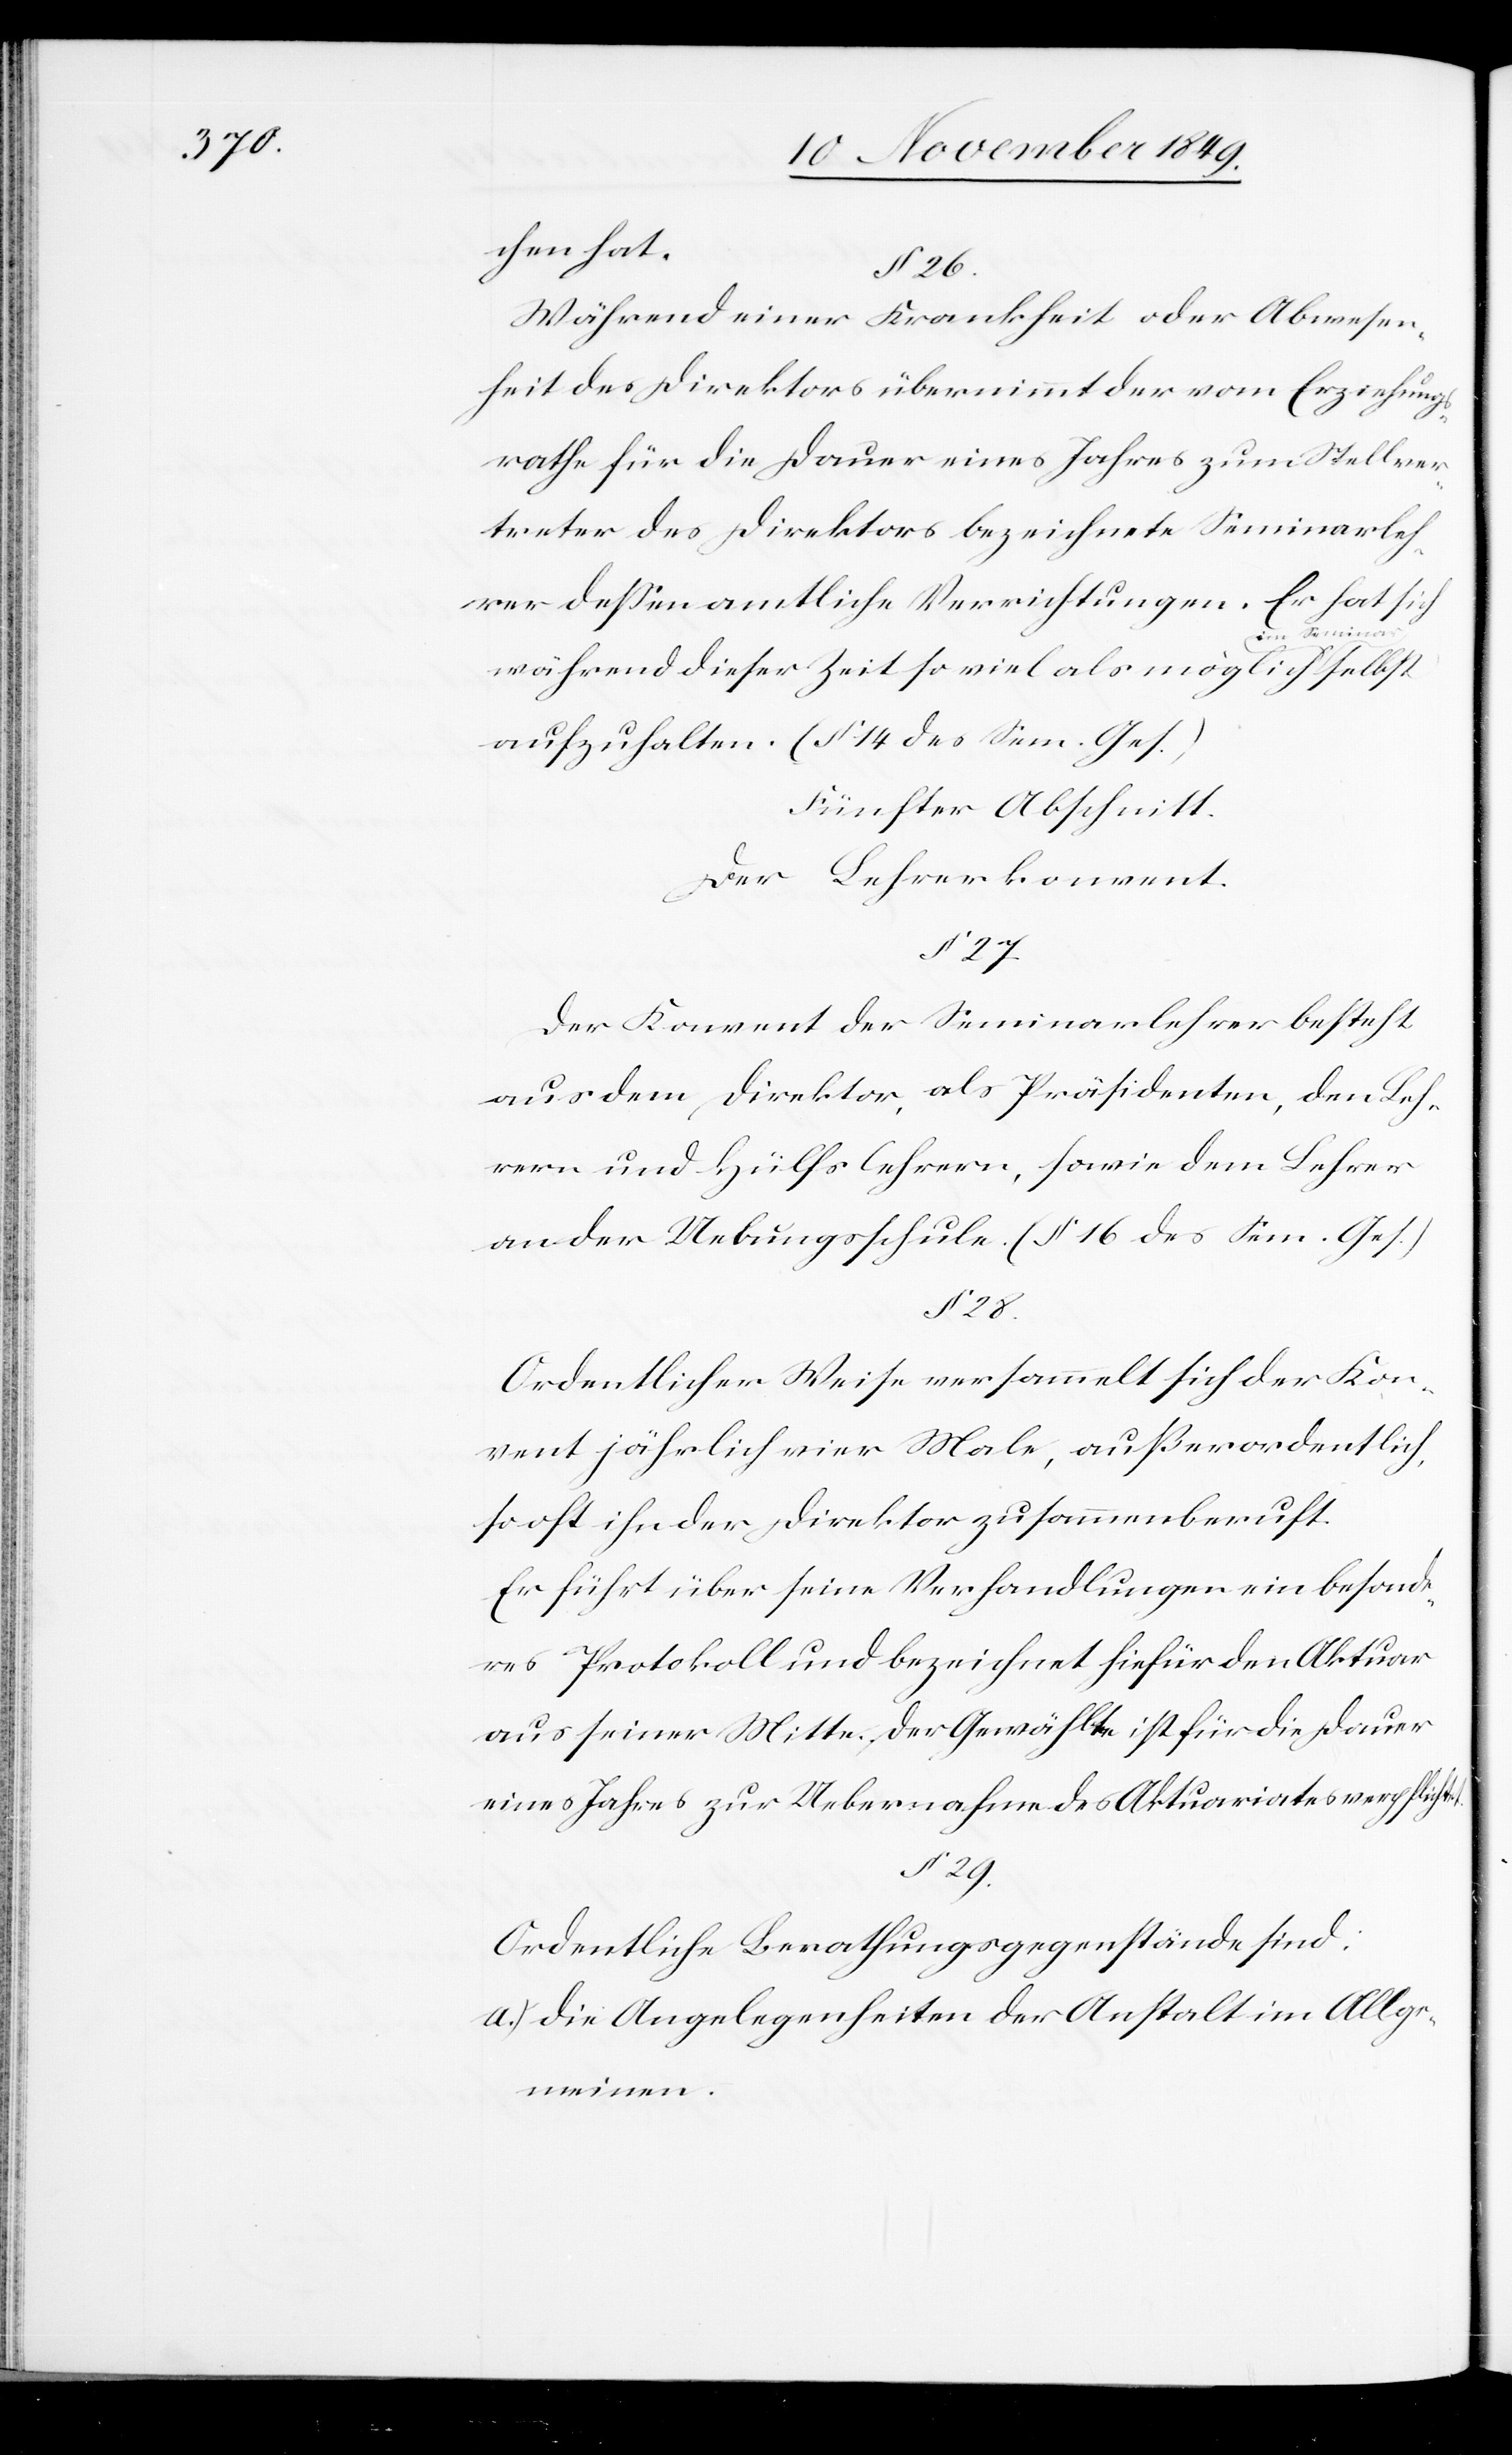
§ 28.

chen hat.
§ 26.
Während einer Krankheit oder Abwesen¬
heit des Direktors übernimmt der vom Erziehungs¬
rathe für die Dauer eines Jahres zum Stellver¬
treter des Direktors bezeichnete Seminarleh¬
Er hat sich
rer deßen amtliche Verrichtungen.
während dieser Zeit so viel als möglich im
aufzuhalten. (§ 14 des Sem. Ges.)
Fünfter Abschnitt.
Der Lehrerkonvent.
§ 27.
Der Konvent der Seminarlehrer besteht
aus dem Direktor, als Präsidenten, den Leh¬
rern und Hülfslehrern, sowie dem Lehrer
an der Uebungsschule. (§ 16 des Sem. Ges.)
Ordentlicher Weise versammelt sich der Kon¬
vent jährlich vier Male, außerordentlich,
so oft ihn der Direktor zusammenberuft.
Er führt über seine Verhandlungen ein besonde¬
res Protokoll und bezeichnet hiefür den Aktuar
aus seiner Mitte. Der Gewählte ist für die Dauer
eines Jahres zur Uebernahme des Aktuariates verpflichtet.
§ 29.
Ordentliche Berathungsgegenstände sind:
a.) Die Angelegenheiten der Anstalt im Allge¬
meinen.